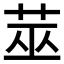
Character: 莁